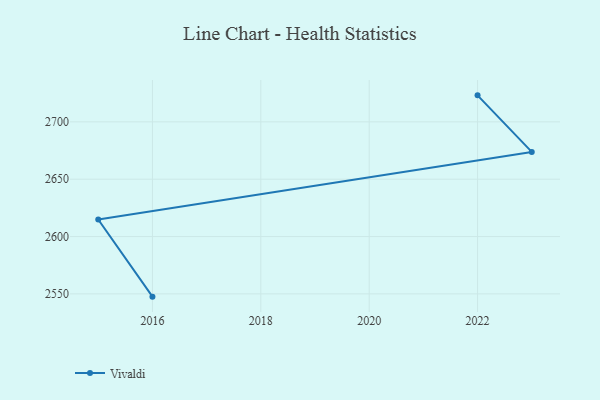
{"axis": {"x": "Year", "y": "Market Share (%)"}, "legend": ["Vivaldi"], "data": [{"x": "2016", "y": 2547.6, "type": "Vivaldi"}, {"x": "2015", "y": 2614.9, "type": "Vivaldi"}, {"x": "2023", "y": 2673.8, "type": "Vivaldi"}, {"x": "2022", "y": 2723.1, "type": "Vivaldi"}]}